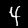
Digit: 4